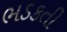
ભડકતી